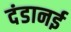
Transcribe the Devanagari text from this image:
दंडानई